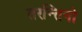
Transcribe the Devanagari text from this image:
तरन्तिनो